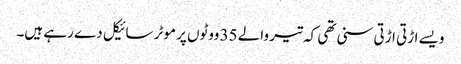
ویسے اڑتی اڑتی سنی تھی کہ تیر والے 35 ووٹوں پر موٹر سائیکل دے رہے ہیں۔